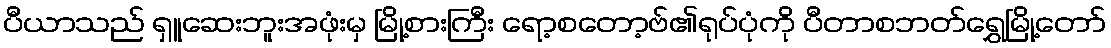
ပီယာသည် ရှူဆေးဘူးအဖုံးမှ မြို့စားကြီး ရော့စတော့ဗ်၏ရုပ်ပုံကို ပီတာစဘတ်ရွှေမြို့တော်